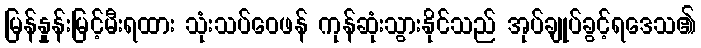
မြန်နှုန်းမြင့်မီးရထား သုံးသပ်ဝေဖန် ကုန်ဆုံးသွားနိုင်သည် အုပ်ချုပ်ခွင့်ရဒေသ၏